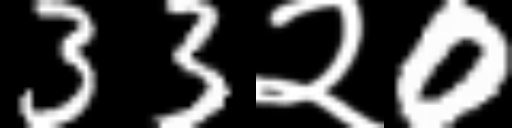
Text: 33२0